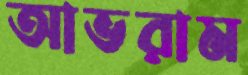
আভরাম